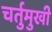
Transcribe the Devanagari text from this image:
चर्तुमुखी